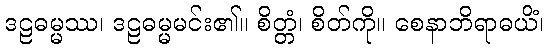
ဒဠဓမ္မဿ၊ ဒဠဓမ္မမင်း၏။ စိတ္တံ၊ စိတ်ကို။ စေနာဘိရာဓယိံ၊